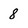
Character: 8